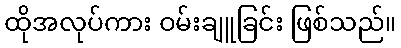
ထိုအလုပ်ကား ဝမ်းချူခြင်း ဖြစ်သည်။